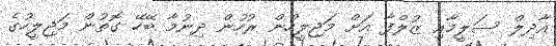
އާދިލް ސަލީމާއި ޒުލްފާ އަށް މަޖިލީހުން ރުހުން ދިނުމާ ބޭހޭ ގޮތުން މަޖިލީހުގެ